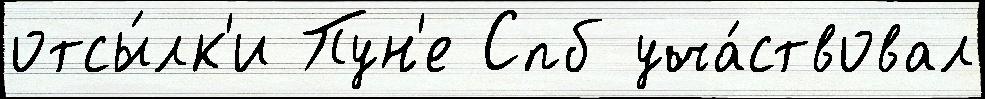
отсы́лк'и Пун'е Спб уча́ствовал